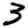
Digit: 3